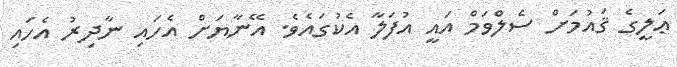
ޢަލީގެ ޤައުމަށް ސެލްވަމް އައީ އުފަލާ އެކުގައެވެ. އޭނާޔަށް އެހައި ނާދިރު އެހައި